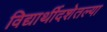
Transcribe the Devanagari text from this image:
विद्यार्थीदशेतल्या